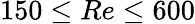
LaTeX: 150\leq Re\leq 600